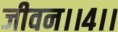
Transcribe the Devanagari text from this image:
जीवन।।४।।